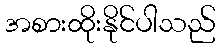
အစားထိုးနိုင်ပါသည်